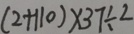
( 2 + 1 1 0 ) \times 3 7 \div 2